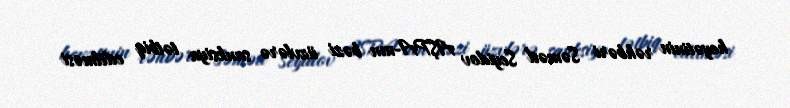
heyətinin rəhbəri Səməd Seyidov AŞPA-nın bəzi üzvlərə sanksiya tətbiq edilməsi